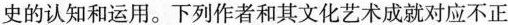
史的认知和运用。下列作者和其文化艺术成就对应不正